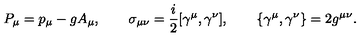
P _ { \mu } = p _ { \mu } - g A _ { \mu } , \qquad \sigma _ { \mu \nu } = { \frac { i } { 2 } } [ \gamma ^ { \mu } , \gamma ^ { \nu } ] , \qquad \{ \gamma ^ { \mu } , \gamma ^ { \nu } \} = 2 g ^ { \mu \nu } .